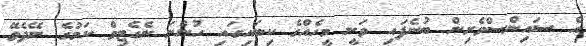
އެ ސައިންސްވެރިން ބުނެފައި ވަނީ މީހެއްގެ ކިބައިގައި ހުންނަ ނެގެޓިވް ކަމުގެ ނޭދެވޭ